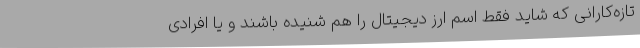
تازه‌کارانی که شاید فقط اسم ارز دیجیتال را هم شنیده باشند و یا افرادی